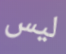
ليس